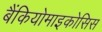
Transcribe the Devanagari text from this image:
बैंकियोमाइकोसिस